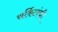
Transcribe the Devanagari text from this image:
सर्किटांची